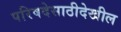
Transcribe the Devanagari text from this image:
परिषदेसाठीदेखील